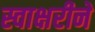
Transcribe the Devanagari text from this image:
स्वाक्षरीने